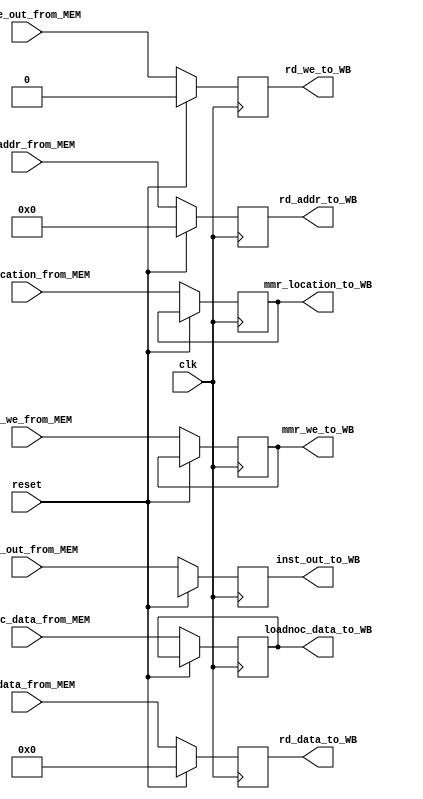
module pipe_MEM_WB (
    input clk, reset,
    input[31:0] rd_data_from_MEM,  // rd_data passing from MEM side
    input[4:0] rd_addr_from_MEM,
    input rd_we_out_from_MEM,
    input[31:0] inst_out_from_MEM,
    
    output reg rd_we_to_WB ,
    output reg[31:0] rd_data_to_WB, 
    output reg[4:0] rd_addr_to_WB ,
    output reg[31:0] inst_out_to_WB ,
    /***********Changes***************/
    input[31:0] mmr_location_from_MEM,
    output reg [31:0] mmr_location_to_WB,
    input mmr_we_from_MEM,
    output reg mmr_we_to_WB,
    input[31:0] loadnoc_data_from_MEM,
    output reg[31:0] loadnoc_data_to_WB
    /*********************************/
);
    always @(posedge clk) begin
        if (reset) begin
            rd_we_to_WB <= 0;
            rd_data_to_WB <= 0;
            rd_addr_to_WB <=0;
            inst_out_to_WB <= 32'hx;
        end
        else begin
            rd_we_to_WB <= rd_we_out_from_MEM;
            rd_data_to_WB <= rd_data_from_MEM;
            rd_addr_to_WB <= rd_addr_from_MEM;
            inst_out_to_WB <= inst_out_from_MEM;
            /***********Changes*****************/
            loadnoc_data_to_WB <= loadnoc_data_from_MEM;
            mmr_we_to_WB <= mmr_we_from_MEM;
            mmr_location_to_WB <= mmr_location_from_MEM;
            /***********************************/
        end
    end    


endmodule